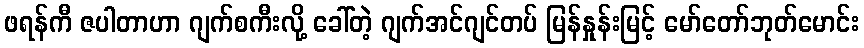
ဖရန်ကီ ဇပါတာဟာ ဂျက်စကီးလို့ ခေါ်တဲ့ ဂျက်အင်ဂျင်တပ် မြန်နှုန်းမြင့် မော်တော်ဘုတ်မောင်း